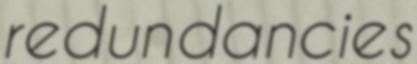
redundancies